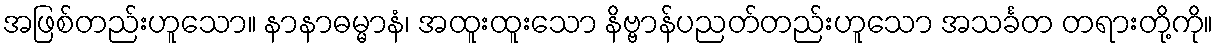
အဖြစ်တည်းဟူသော။ နာနာဓမ္မာနံ၊ အထူးထူးသော နိဗ္ဗာန်ပညတ်တည်းဟူသော အသင်္ခတ တရားတို့ကို။